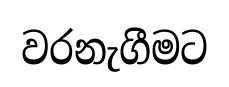
වරනැගීමට